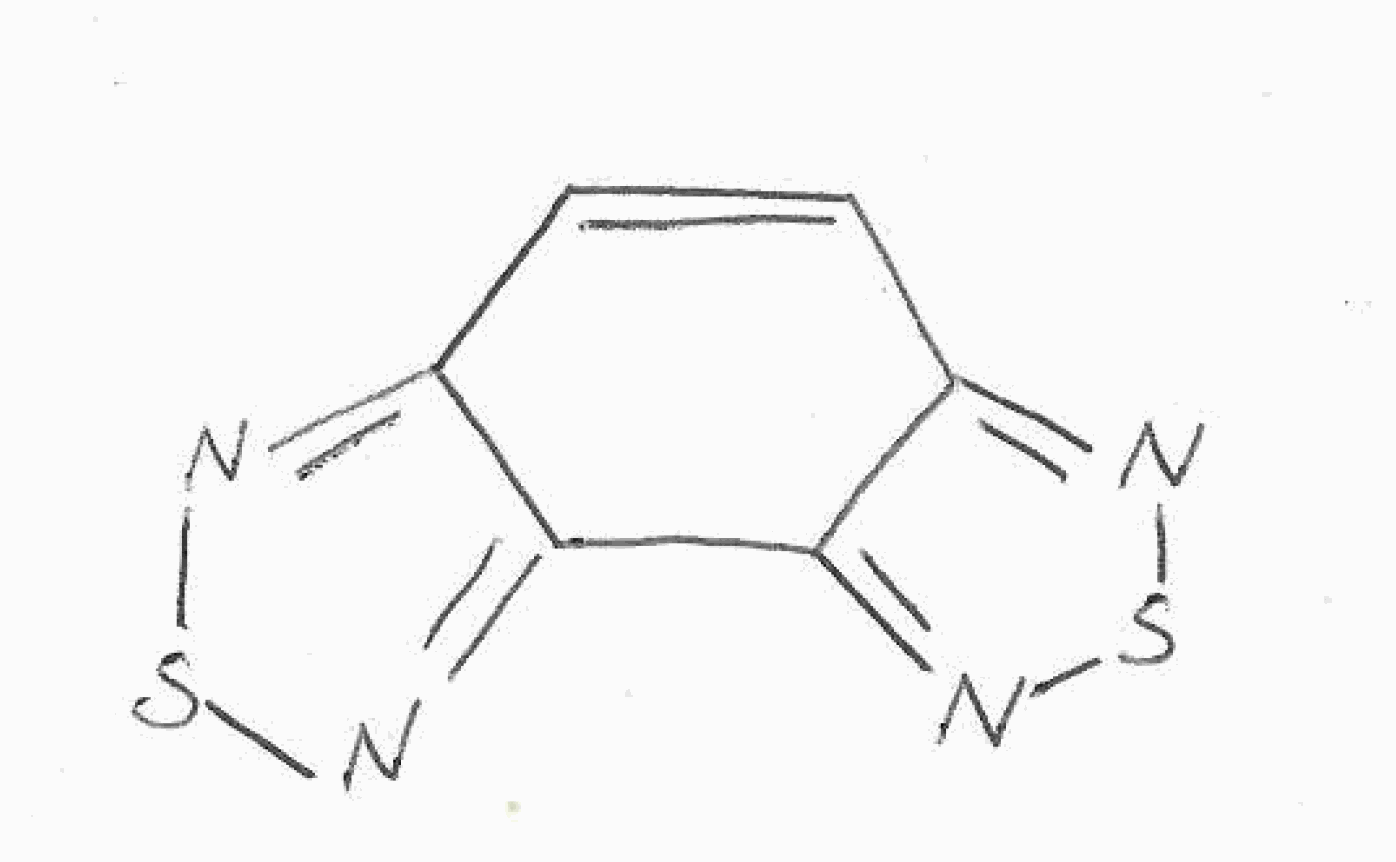
Simplified molecular-input line-entry system (SMILES) notation of the given molecule:
C1=CC2=NSN=C2C3=NSN=C31